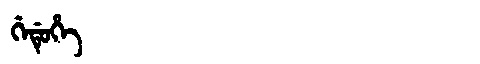
Manchu: ᡤᡝᡩᡠᡥᡝ
Romanization: GEDUHE